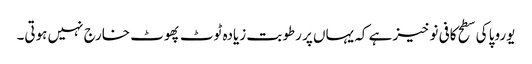
یوروپا کی سطح کافی نوخیز ہے کہ یہاں پر رطوبت زیادہ ٹوٹ پھوٹ خارج نہیں ہوتی۔